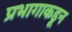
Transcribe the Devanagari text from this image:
प्रभागाकडून